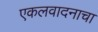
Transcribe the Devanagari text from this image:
एकलवादनाचा